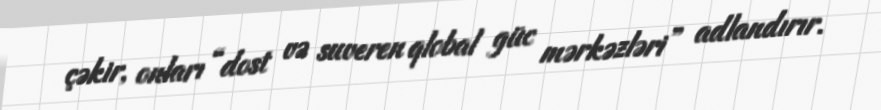
çəkir, onları “dost və suveren qlobal güc mərkəzləri” adlandırır.